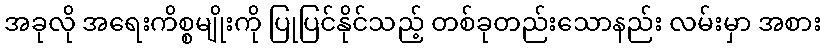
အခုလို အရေးကိစ္စမျိုးကို ပြုပြင်နိုင်သည့် တစ်ခုတည်းသောနည်း လမ်းမှာ အစား